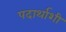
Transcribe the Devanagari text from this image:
पदार्थाशी